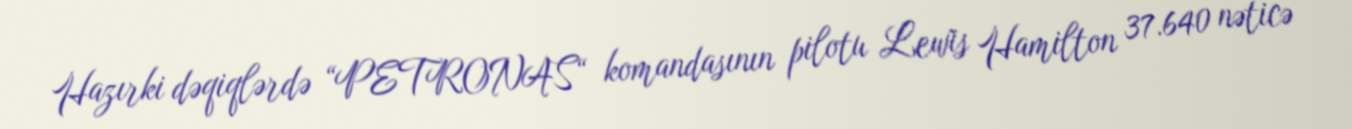
Hazırki dəqiqlərdə “PETRONAS“ komandasının pilotu Lewis Hamilton 37.640 nəticə